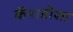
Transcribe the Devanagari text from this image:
कॅपाडोशा